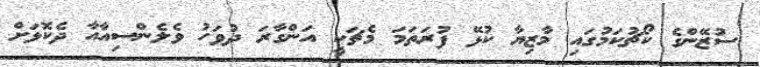
ސުޒޭންގެ ކޯޗުކަމުގައި މާޒިޔާ ކުޅޭ ފުރަތަމަ މެޗަކީ އަންގާރަ ދުވަހު ވެލެންސިއާއާ ދެކޮޅަށް